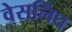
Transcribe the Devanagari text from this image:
वेसलिंघ